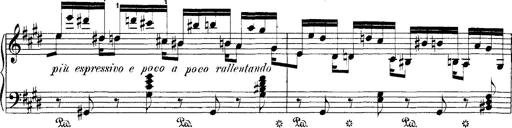
Title: Hungarian Rhapsody No.1
Composer: Franz Liszt
Key: C-sharp minor